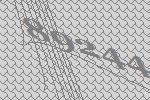
89244